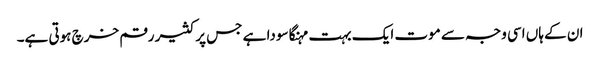
ان کے ہاں اسی وجہ سے موت ایک بہت مہنگا سودا ہے جس پر کثیر رقم خرچ ہوتی ہے۔